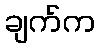
ချက်က